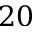
2 0